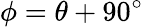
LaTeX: \phi=\theta+90^{\circ}